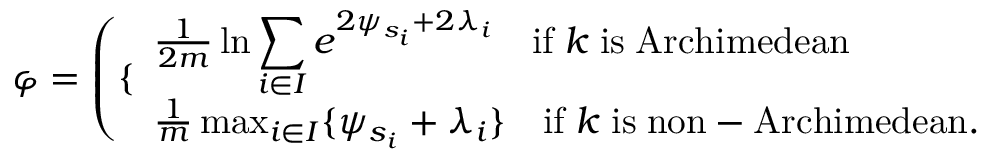
\begin{array} { r } { \varphi = \left( \{ \begin{array} { l } { \frac { 1 } { 2 m } \ln \displaystyle \sum _ { i \in I } e ^ { 2 \psi _ { s _ { i } } + 2 \lambda _ { i } } \quad \mathrm { i f } \; k \; \mathrm { i s } \; \mathrm { A r c h i m e d e a n } } \\ { \frac { 1 } { m } \operatorname* { m a x } _ { i \in I } \{ \psi _ { s _ { i } } + \lambda _ { i } \} \quad \mathrm { i f } \; k \; \mathrm { i s } \; \mathrm { n o n - A r c h i m e d e a n } . } \end{array} \right. } \end{array}